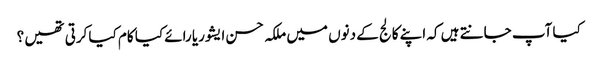
کیا آپ جانتے ہیں کہ اپنے کالج کے دنوں میں ملکہ حسن ایشوریا رائے کیا کام کیا کرتی تھیں ؟